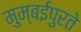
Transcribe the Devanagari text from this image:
मुम्बईपुरते